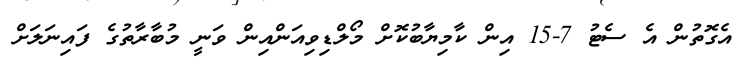
އެގޮތުން އެ ސެޓު 7-15 އިން ކާމިޔާބުކޮށް މޯލްޑިވިއަންއިން ވަނީ މުބާރާތުގެ ފައިނަލަށް